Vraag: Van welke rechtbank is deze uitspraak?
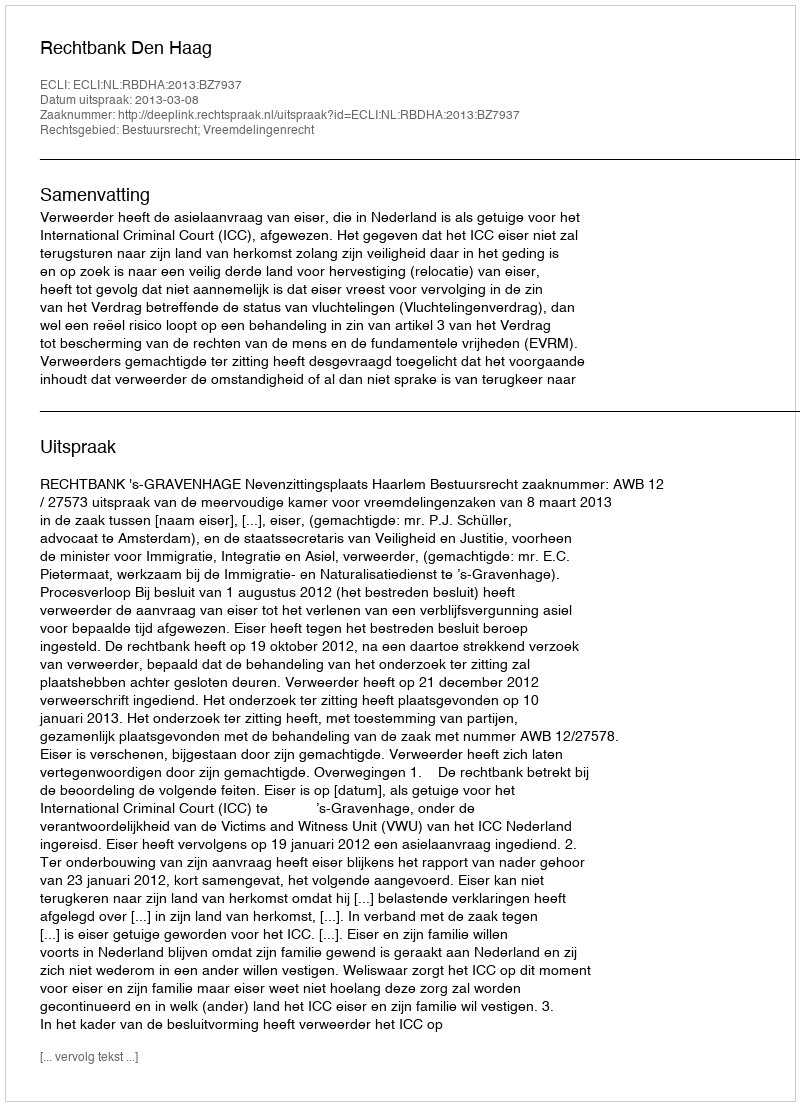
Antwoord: Rechtbank Den Haag